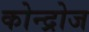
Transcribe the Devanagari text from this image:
कोन्द्रोज